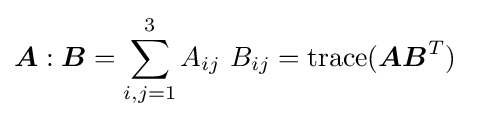
{\boldsymbol {A}}:{\boldsymbol {B}}=\sum _{i,j=1}^{3}A_{ij}~B_{ij}=\operatorname {trace} ({\boldsymbol {A}}{\boldsymbol {B}}^{T})~